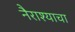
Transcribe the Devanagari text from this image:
नैराश्याचा